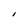
Character: I